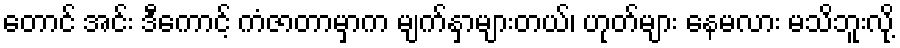
တောင် အင်း ဒီကောင့် ကံဇာတာမှာက မျက်နှာများတယ်၊ ဟုတ်များ နေမလား မသိဘူးလို့